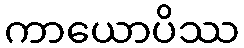
ကာယောပိဿ